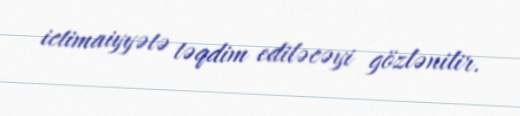
ictimaiyyətə təqdim ediləcəyi gözlənilir.